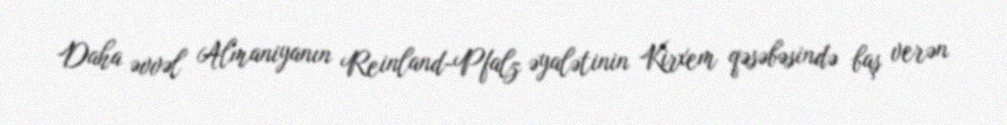
Daha əvvəl Almaniyanın Reinland-Pfalz əyalətinin Kirxem qəsəbəsində baş verən